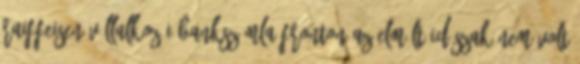
Raiffeisen Vállalkozói bankszámla fronton az elmúlt időszak nem volt